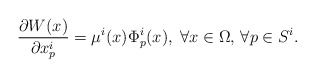
\begin{align*}\frac{\partial W(x)}{\partial x^i_p}=\mu^i(x) \Phi^i_p(x), \; \forall x \in \Omega, \,\forall p \in S^i.\end{align*}